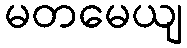
မတမေယျ